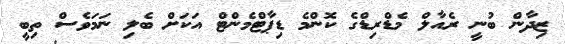
ޒިދާން ބުނީ ރެއާލް މެޑްރިޑްގެ ކޮންމެ ޑިޕާޓްމެންޓް އަކަށް ބެލި ނަމަވެސް ތިބީ